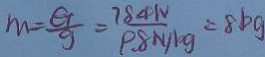
m = \frac { G } { g } = \frac { 7 8 4 1 N } { 9 . 8 N / k g } = 8 b g